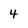
Character: 4